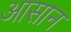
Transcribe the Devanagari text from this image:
अासान